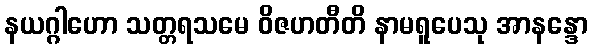
နယဂ္ဂါဟော သတ္တရသမေ ဝိဇဟတီတိ နာမရူပေသု အာနန္ဒော